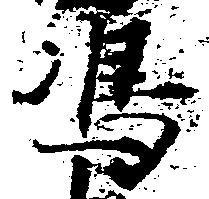
嶋